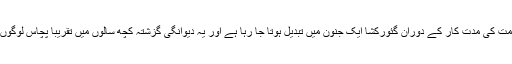
مرکز کی موجودہ حکومت کی مدت کار کے دوران گئورکشا ایک جنون میں تبدیل ہوتا جا رہا ہے اور یہ دیوانگی گزشتہ کچھ سالوں میں تقریباً پچاس لوگوں کی جان لے چکی ہے۔